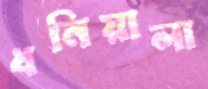
ধনিয়ালা